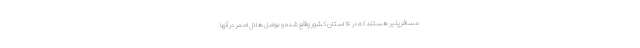
مسافرپذیر هستند که در ۱۶ استان کشور واقع شده وعوامل هلال احمر در آنها